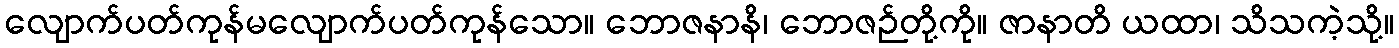
လျောက်ပတ်ကုန်မလျောက်ပတ်ကုန်သော။ ဘောဇနာနိ၊ ဘောဇဉ်တို့ကို။ ဇာနာတိ ယထာ၊ သိသကဲ့သို့။